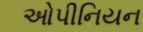
ઓપીનિયન